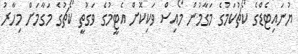
ޔުނައިޓެޑްގެ ކޯޗުކަމުގެ މަގާމުން މޯއިސް ވަކިކޮށް އެޓީމުގެ ވަގުތީ ކޯޗުގެ މަގާމަށް މިހާރު